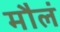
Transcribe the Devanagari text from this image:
मौलं